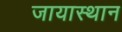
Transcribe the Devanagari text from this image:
जायास्थान